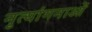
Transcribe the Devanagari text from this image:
नृत्‍यांगनाओं